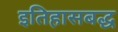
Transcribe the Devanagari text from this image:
इतिहासबद्ध